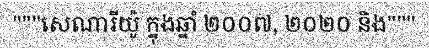
"""សេណារីយ៉ូ ក្នុងឆ្នាំ ២០០៧, ២០២០ និង"""